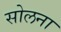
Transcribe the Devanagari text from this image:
सोलना